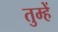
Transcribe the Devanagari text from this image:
तुम्हेें